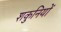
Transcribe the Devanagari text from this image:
शकुनियों